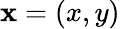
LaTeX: \mathbf{x}=(x,y)